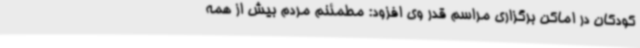
کودکان در اماکن برگزاری مراسم قدر وی افزود: مطمئنم مردم بیش از همه